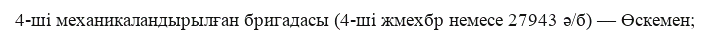
4-ші механикаландырылған бригадасы (4-ші жмехбр немесе 27943 ә/б) — Өскемен;